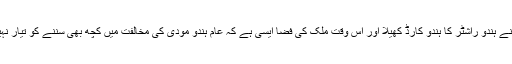
مودی نے ہندو راشٹر کا ہندو کارڈ کھیلا اور اس وقت ملک کی فضا ایسی ہے کہ عام ہندو مودی کی مخالفت میں کچھ بھی سننے کو تیار نہیں ہے۔